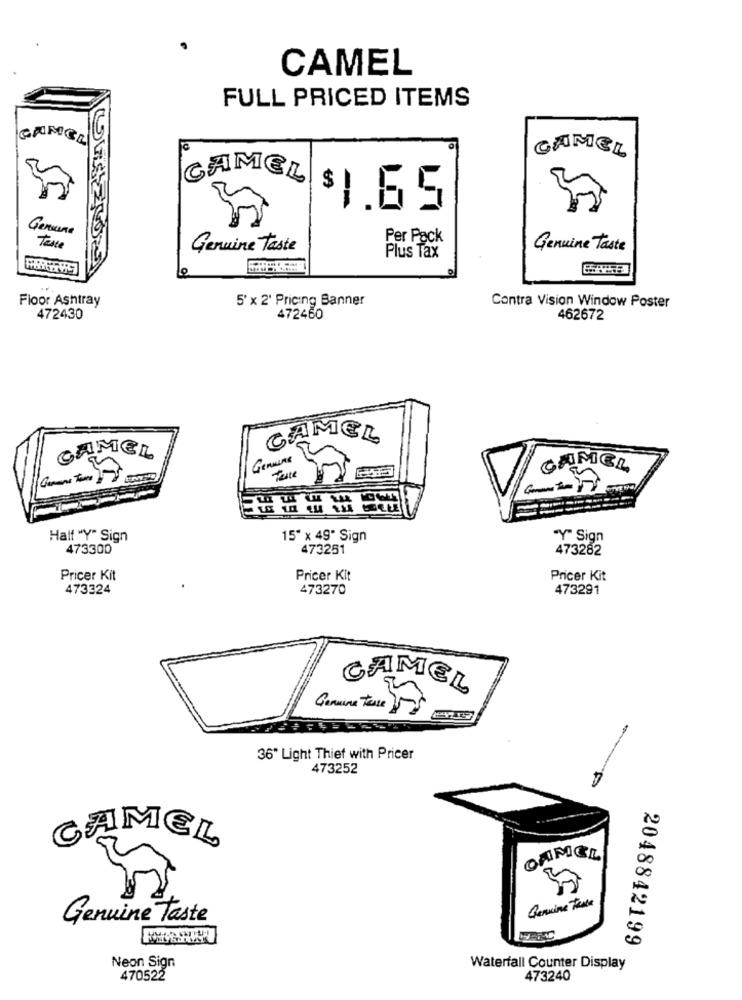
CAMEL
FULL PRICED ITEMS
CAMEL
GAMEL
CAMEL
$1.65
Genauera
Per Pack
Teste
Genuine taste
Genuine Taste
Plus Tax
Floor Ashtray
5' x 2' Pricing Banner
Contra Vision Window Poster
472430
472460
462672
CAMEL
CAMEL
Genuine
CAMEL
Half "Y" Sign
15" x 49" Sign
"Y" Sign
473300
473251
473282
Pricer Kit
Pricer Kit
Pricer Kit
473324
473270
473291
CAMEL
Garmina House
36" Light Thief with Pricer
473252
CAMEL
CAMEL
Genuine Faute
Genuine taste
2048842199
Neon Sign
Waterfall Counter Display
470522
473240